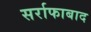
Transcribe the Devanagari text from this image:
सर्राफाबाद